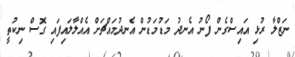
ނަޒްލާ ރުޅި އައިސްގެން ފޯނު އެނދު މަޑުމަޑުން އެނދުމައްޗަށް އެއްލާލައިފައި ގޮސް ނިކުތީ